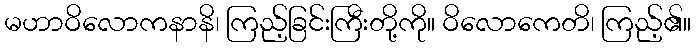
မဟာဝိလောကနာနိ၊ ကြည့်ခြင်းကြီးတို့ကို။ ဝိလောကေတိ၊ ကြည့်၏။